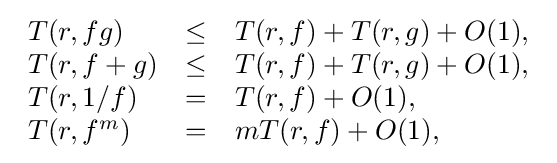
{\begin{array}{lcl}T(r,fg)&\leq &T(r,f)+T(r,g)+O(1),\\T(r,f+g)&\leq &T(r,f)+T(r,g)+O(1),\\T(r,1/f)&=&T(r,f)+O(1),\\T(r,f^{m})&=&mT(r,f)+O(1),\,\end{array}}